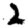
Digit: 2